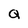
Character: Q